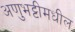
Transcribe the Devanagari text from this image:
अणुभट्टीमधील